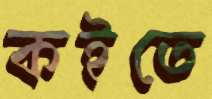
কইতে